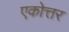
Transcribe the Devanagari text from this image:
एकोत्तर